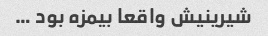
شیرینیش واقعا بیمزه بود …